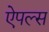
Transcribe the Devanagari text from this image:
ऐपल्स